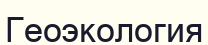
Геоэкология